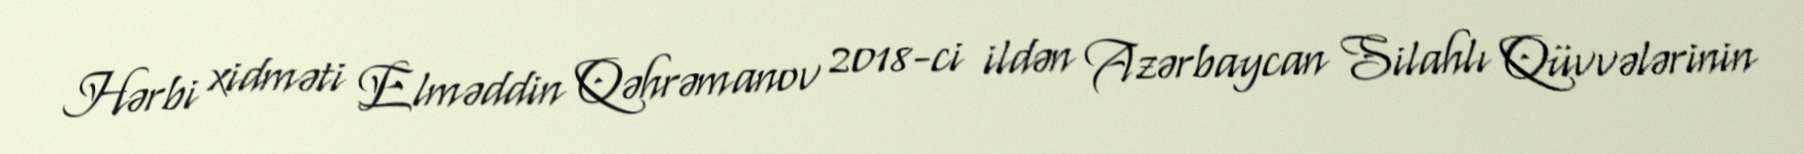
Hərbi xidməti Elməddin Qəhrəmanov 2018-ci ildən Azərbaycan Silahlı Qüvvələrinin